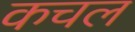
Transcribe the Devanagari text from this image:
कचल